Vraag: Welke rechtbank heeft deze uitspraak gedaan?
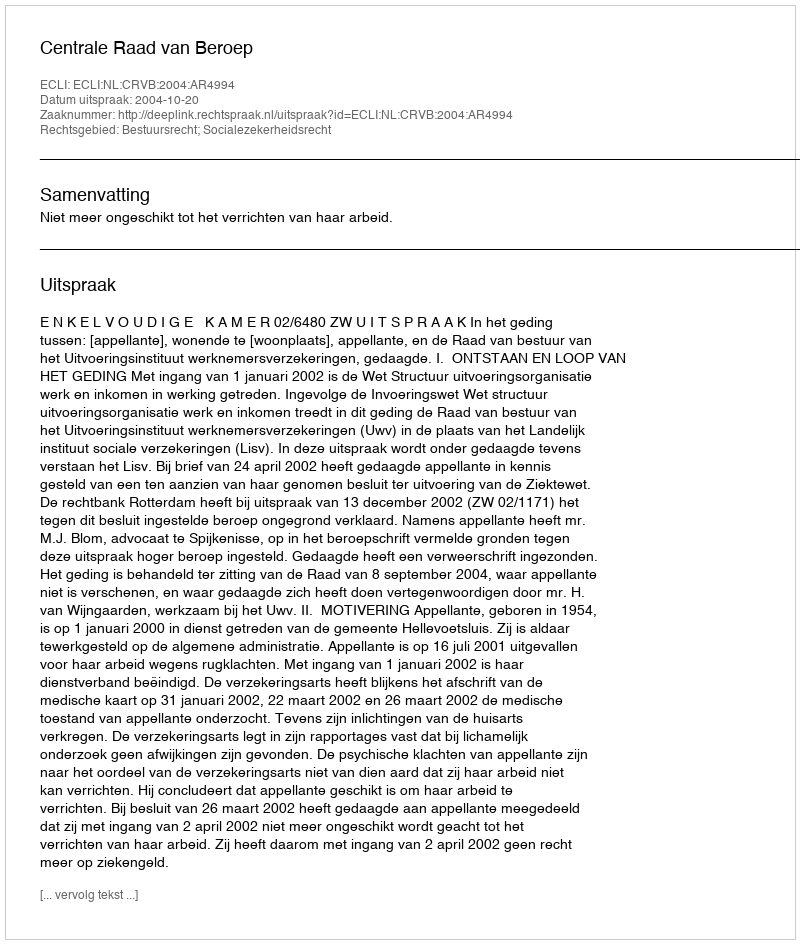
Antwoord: Centrale Raad van Beroep